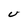
Character: U